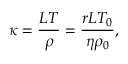
\kappa = \frac { { L T } } { \rho } = \frac { { r L { T _ { 0 } } } } { { \eta { \rho _ { 0 } } } } ,